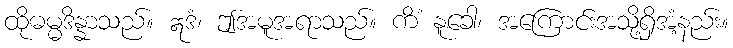
ထိုဓမ္မဒိန္နာသည်။ ဣဒံ၊ ဤအမူအရာသည်။ ကိံ နူခေါ၊ အကြောင်းအသို့ရှိအံ့နည်း။